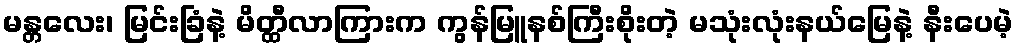
မန္တလေး၊ မြင်းခြံနဲ့ မိတ္ထီလာကြားက ကွန်မြူနစ်ကြီးစိုးတဲ့ မသုံးလုံးနယ်မြေနဲ့ နီးပေမဲ့